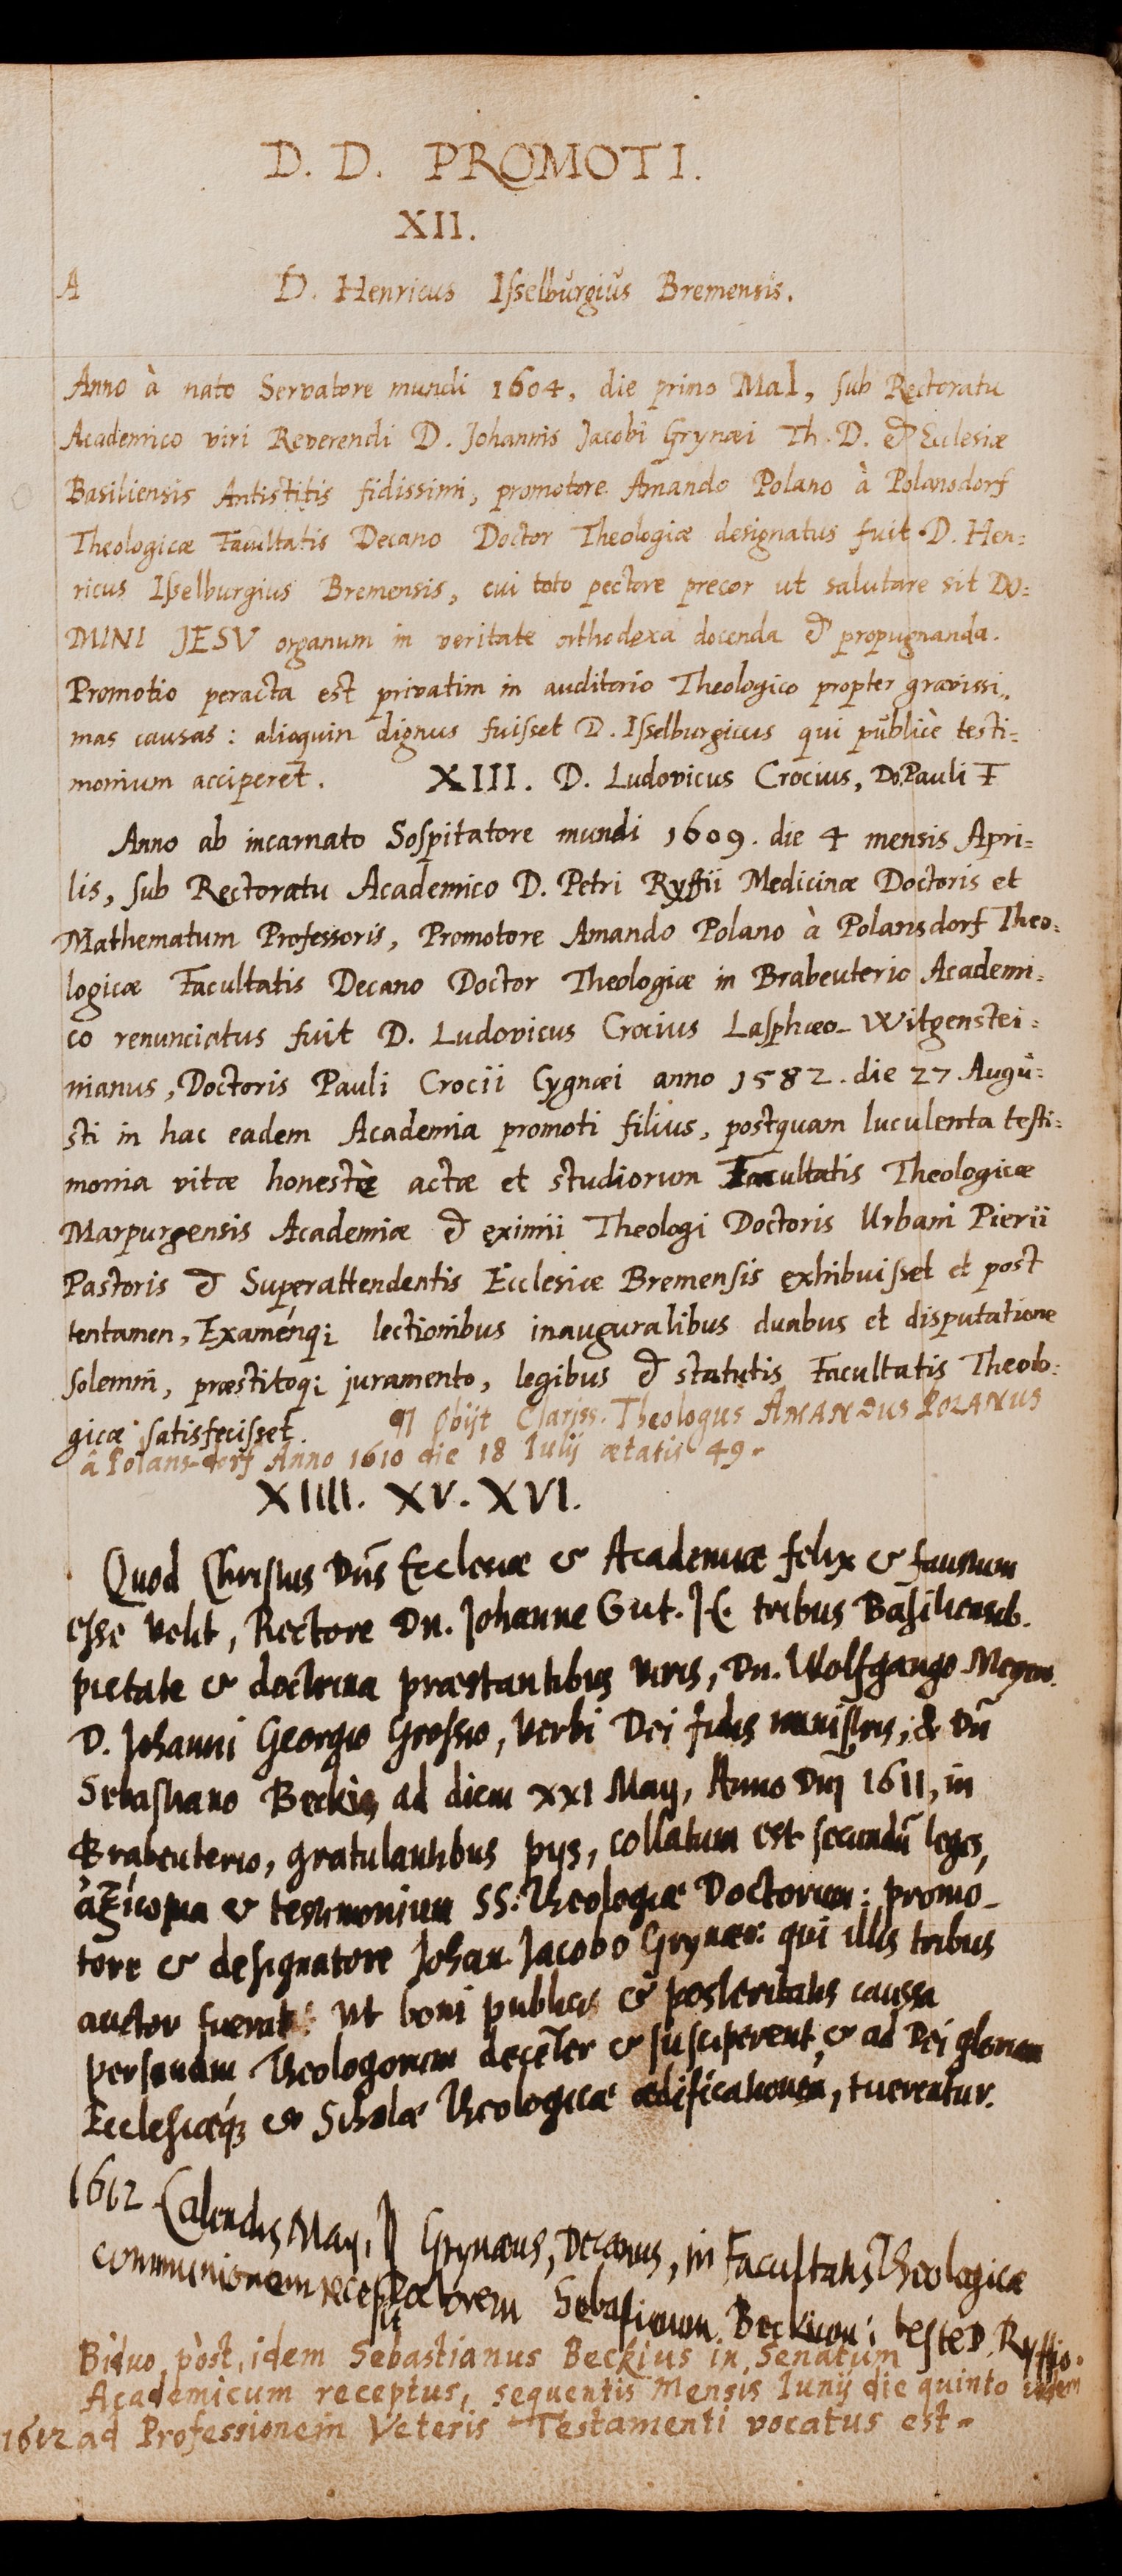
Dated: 1462–1740